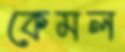
কেমল